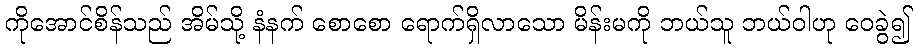
ကိုအောင်စိန်သည် အိမ်သို့ နံနက် စောစော ရောက်ရှိလာသော မိန်းမကို ဘယ်သူ ဘယ်ဝါဟု ဝေခွဲ၍